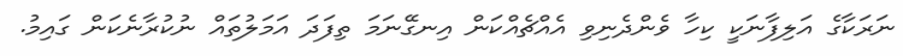
ނަރަކާގެ އަލިފާނަކީ ކިހާ ވެންދެނިވި އެއްޗެއްކަން އިނގޭނަމަ ތިފަދަ އަމަލުތައް ނުކުރާނެކަން ގައިމު.